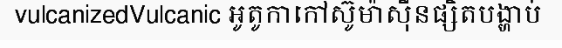
vulcanizedVulcanic អូតូកាកៅស៊ូម៉ាស៊ីនផ្សិតបង្ហាប់